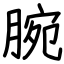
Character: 腕